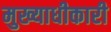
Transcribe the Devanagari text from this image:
मुख्याधीकारी